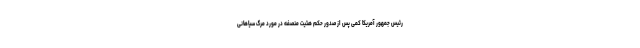
رئیس جمهور آمریکا کمی پس از صدور حکم هئیت منصفه در مورد مرگ سیاهانی